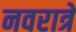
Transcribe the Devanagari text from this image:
नवरात्रे